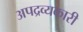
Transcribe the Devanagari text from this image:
अपद्रव्यकारी